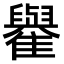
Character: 𩁕